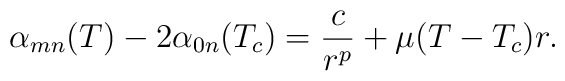
\alpha_{mn}(T) - 2 \alpha_{0n}(T_c) = \frac{c}{r^p} + \mu (T-T_c) r.